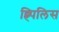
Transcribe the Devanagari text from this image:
ह्र्पिलिस